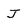
Character: J